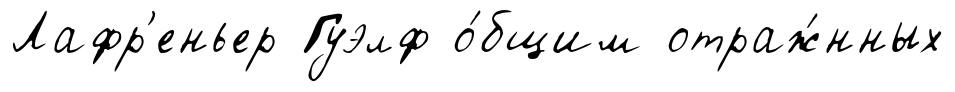
Лафр'еньер Гуэлф о́бщим отраж́нных